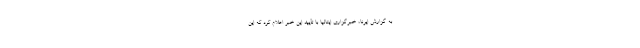
به گزارش ایرنا، خبرگزاری ایتالیا با تأیید این خبر اعلام کرد که این